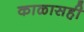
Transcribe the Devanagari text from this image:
काळासही